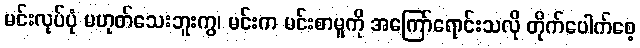
မင်းလုပ်ပုံ မဟုတ်သေးဘူးကွ၊ မင်းက မင်းစာမူကို အကြော်ရောင်းသလို တိုက်ပေါက်စေ့